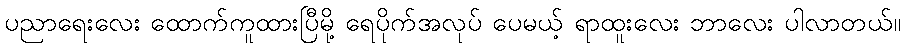
ပညာရေးလေး ထောက်ကူထားပြီမို့ ရေပိုက်အလုပ် ပေမယ့် ရာထူးလေး ဘာလေး ပါလာတယ်။